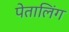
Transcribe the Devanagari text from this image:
पेतालिंग